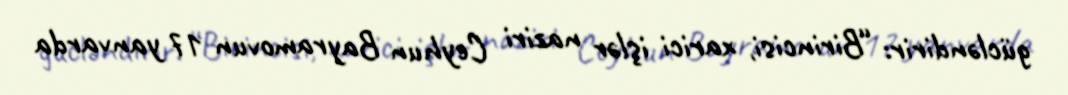
gücləndirir: “Birincisi, xarici işlər naziri Ceyhun Bayramovun 17 yanvarda